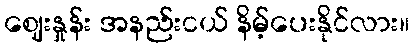
ဈေးနှုန်း အနည်းငယ် နိမ့်ပေးနိုင်လား။